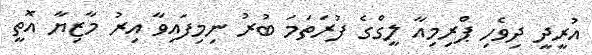
އުރީދީ ދިވެހި ޕްރިމިއާ ލީގްގެ ފުރަތަމަ ބުރު ނިމިފައިވާ އިރު މާޒިޔާ އޮތީ